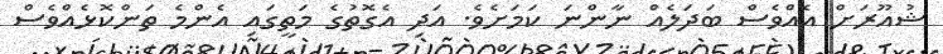
ޝުއޫރަށް އެއްވެސް ބަދަލެއް ނާންނަ ކަަމަށެވެ. އަދި އެގޮތުގެ މަތީގައި އެންމެ ތަންކޮޅެއްވެސް